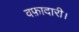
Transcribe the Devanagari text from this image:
वफ़ादारी।